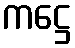
ကဋ္ဌေ